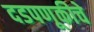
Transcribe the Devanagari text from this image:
दडपणूकीचे